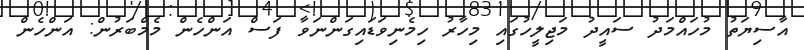
އާސިޔަތު މުހައްމަދު ސައީދު މަޖިލީހުގައި މިހާރު ހިމެނިވަޑައިގަންނަވާ ފަސް އަންހެން މެމްބަރުން: އަންހެން